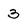
Character: 3